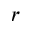
r